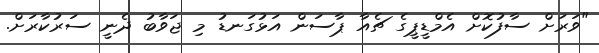
"ވަރަށް ސާފުކޮށް އެމްޑީޕީގެ ޗެއާ ޕާސަން އަޅުގަނޑު މި ޖަވާބު ދެނީ ސަރުކާރަށް.